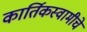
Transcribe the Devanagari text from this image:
कार्तिकस्वामीचे